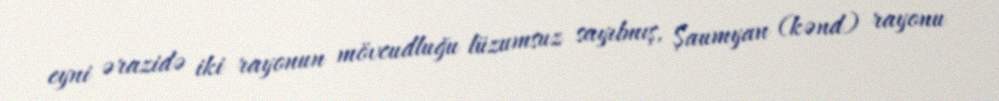
eyni ərazidə iki rayonun mövcudluğu lüzumsuz sayılmış, Şaumyan (kənd) rayonu